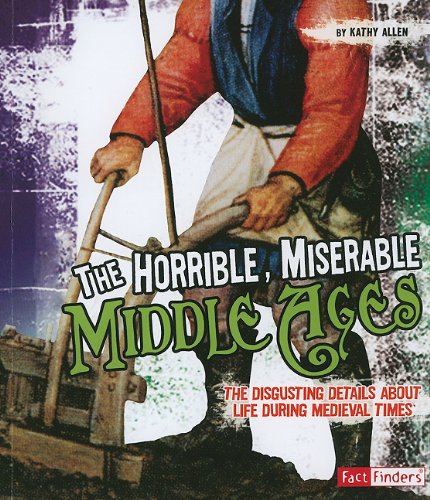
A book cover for The Horrible, Miserable Middle Ages: The Disgusting Details About Life During Medieval Times (Disgusting History); Kathy Allen; Children's Books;